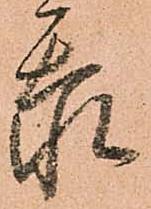
忝